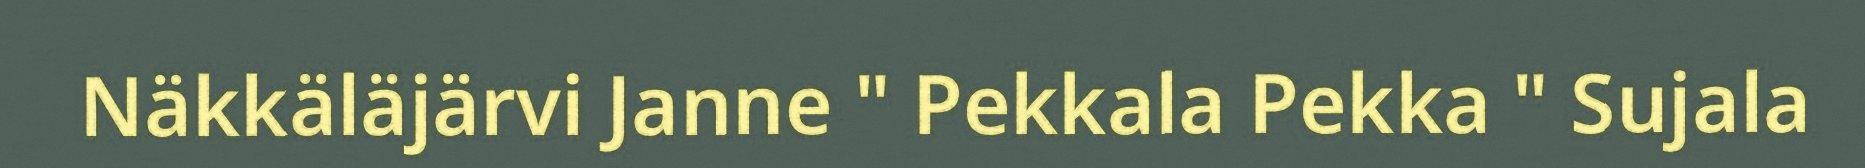
Näkkäläjärvi Janne " Pekkala Pekka " Sujala